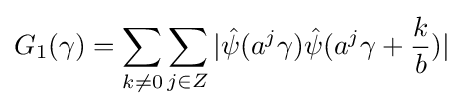
G_{1}(\gamma )=\sum _{k\neq 0}\sum _{j\in Z}|{\hat {\psi }}(a^{j}\gamma ){\hat {\psi }}(a^{j}\gamma +{\frac {k}{b}})|